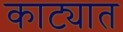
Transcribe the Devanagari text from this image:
काट्यात